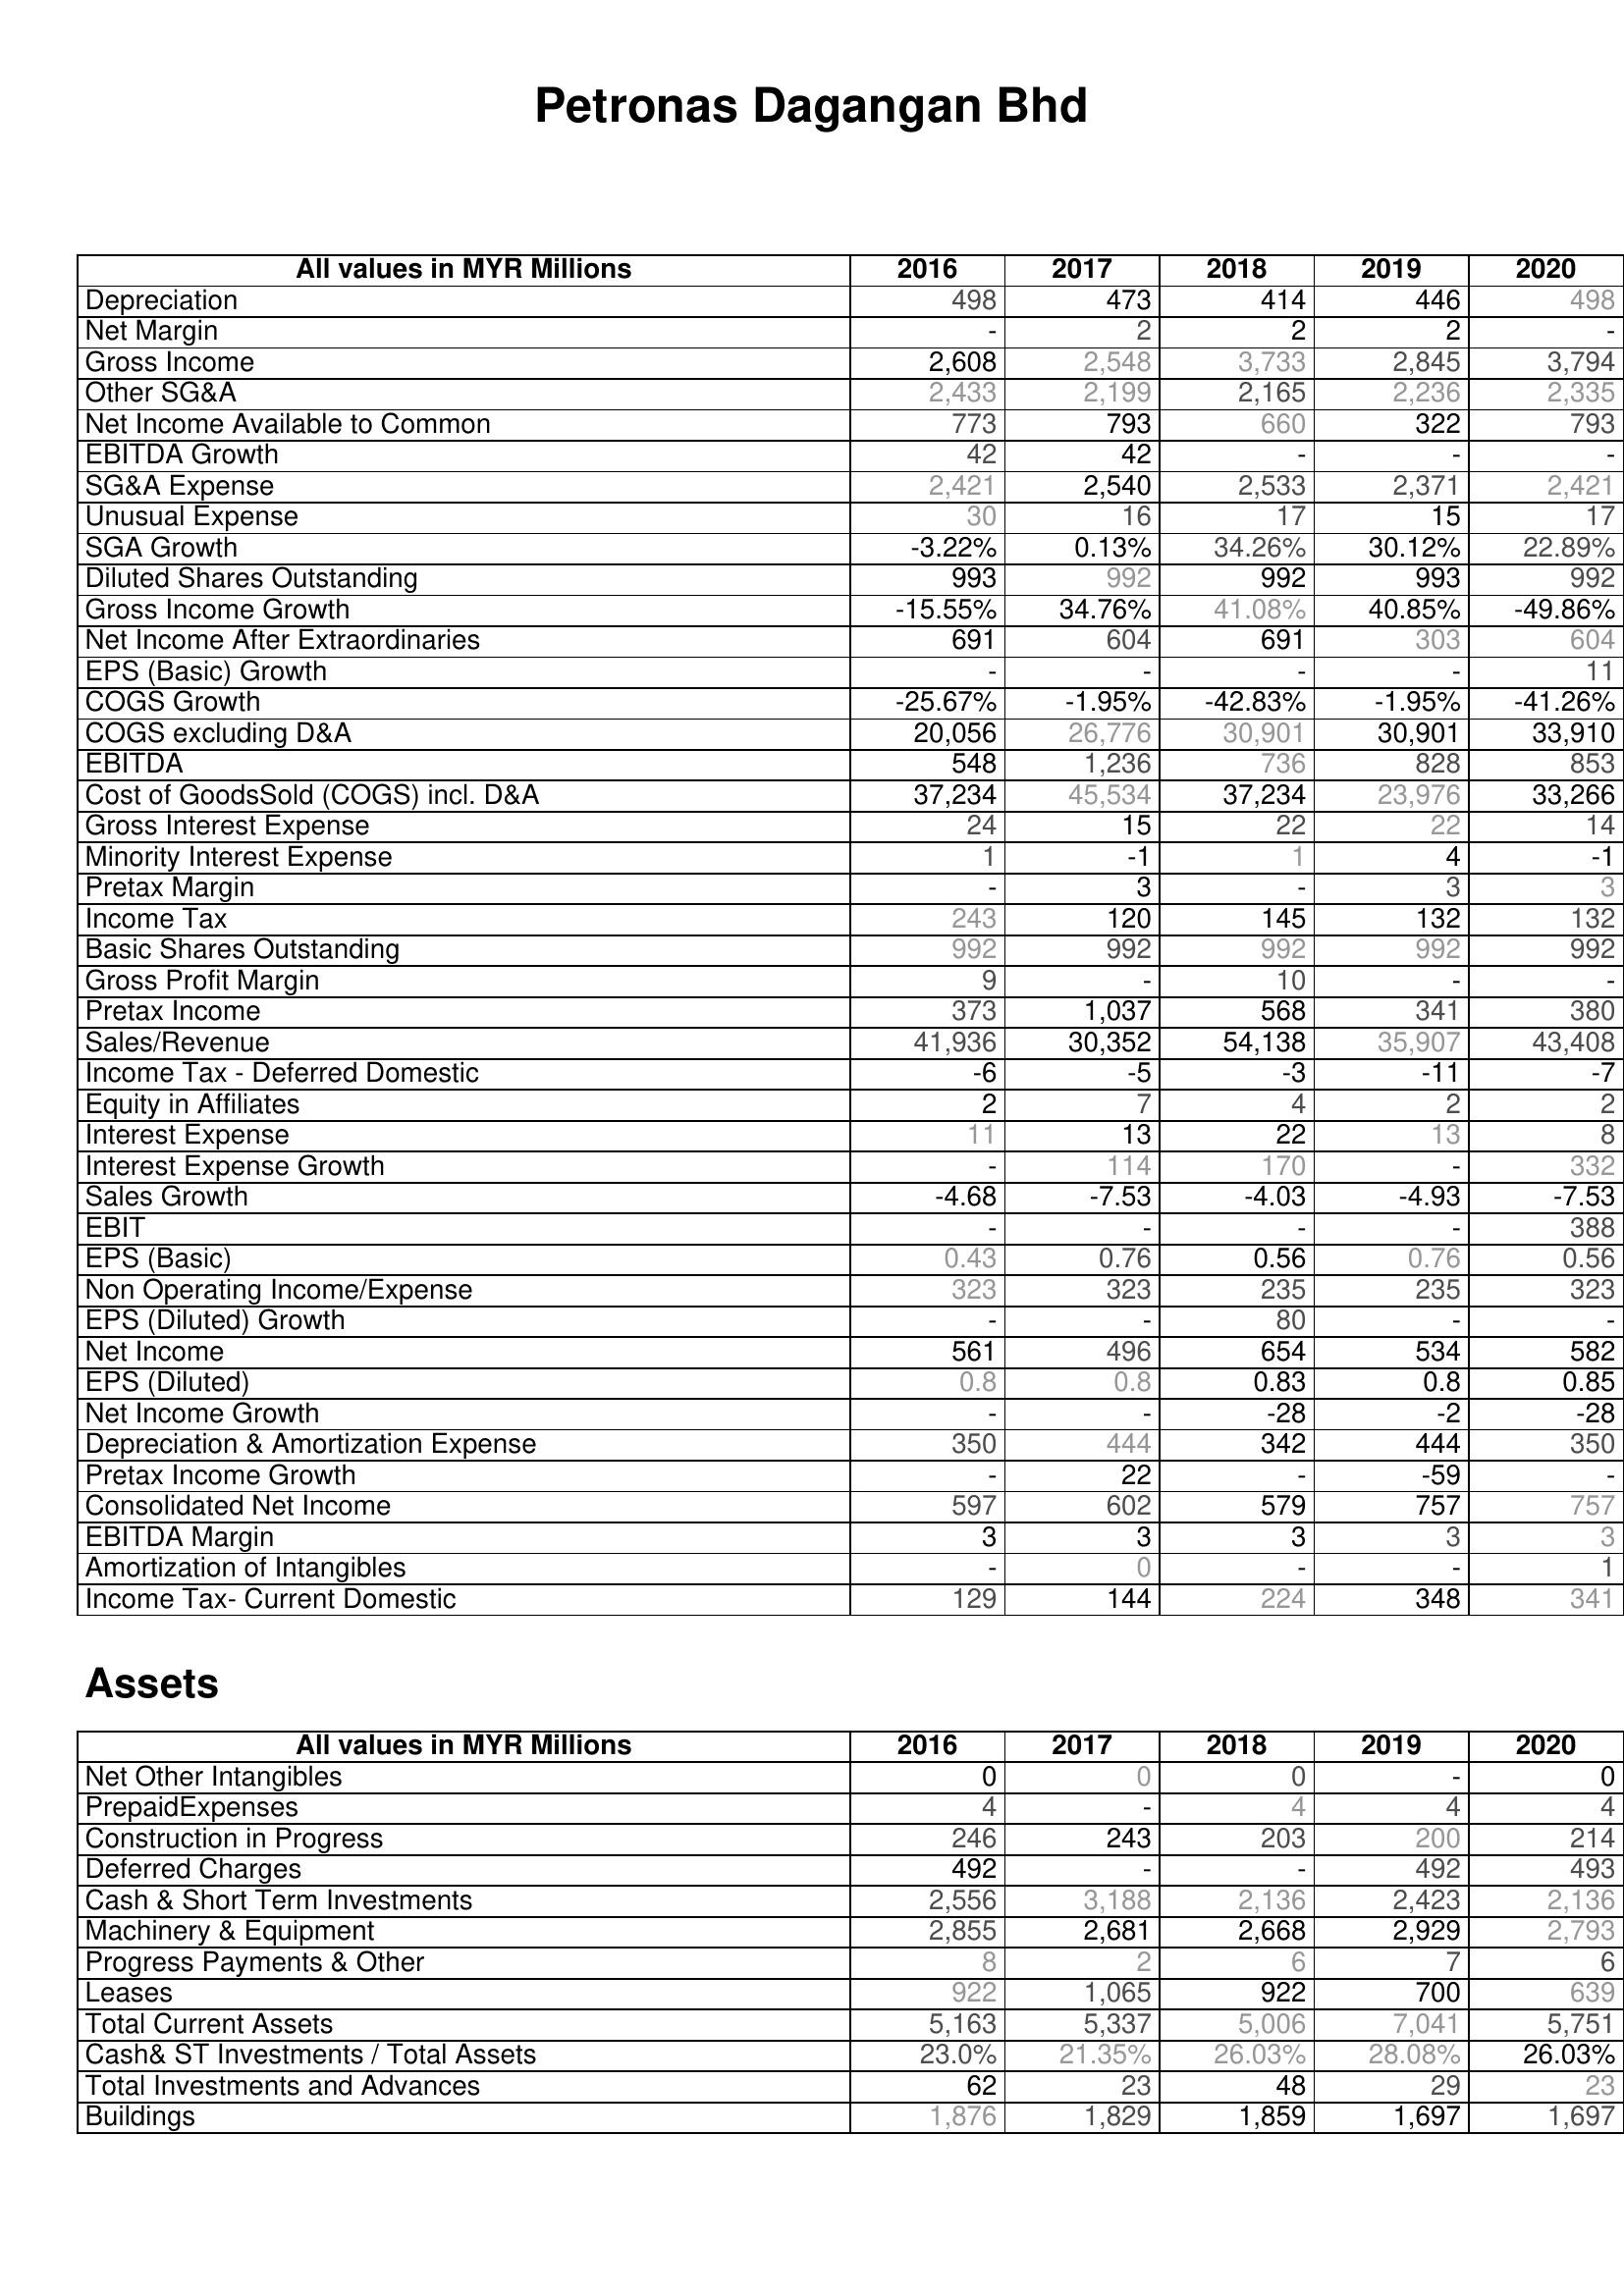
2016: : Depreciation: 498
Net Margin: -
Gross Income: 2,608
Other SG&A: 2,433
Net Income Available to Common: 773
EBITDA Growth: 42
SG&A Expense: 2,421
Unusual Expense: 30
SGA Growth: -3.22%
Diluted Shares Outstanding: 993
Gross Income Growth: -15.55%
Net Income After Extraordinaries: 691
EPS (Basic) Growth: -
COGS Growth: -25.67%
COGS excluding D&A: 20,056
EBITDA: 548
Cost of GoodsSold (COGS) incl. D&A: 37,234
Gross Interest Expense: 24
Minority Interest Expense: 1
Pretax Margin: -
Income Tax: 243
Basic Shares Outstanding: 992
Gross Profit Margin: 9
Pretax Income: 373
Sales/Revenue: 41,936
Income Tax - Deferred Domestic: -6
Equity in Affiliates: 2
Interest Expense: 11
Interest Expense Growth: -
Sales Growth: -4.68
EBIT: -
EPS (Basic): 0.43
Non Operating Income/Expense: 323
EPS (Diluted) Growth: -
Net Income: 561
EPS (Diluted): 0.8
Net Income Growth: -
Depreciation & Amortization Expense: 350
Pretax Income Growth: -
Consolidated Net Income: 597
EBITDA Margin: 3
Amortization of Intangibles: -
Income Tax- Current Domestic: 129
Assets: Net Other Intangibles: 0
PrepaidExpenses: 4
Construction in Progress: 246
Deferred Charges: 492
Cash & Short Term Investments: 2,556
Machinery & Equipment: 2,855
Progress Payments & Other: 8
Leases: 922
Total Current Assets: 5,163
Cash& ST Investments / Total Assets: 23.0%
Total Investments and Advances: 62
Buildings: 1,876
2017: : Depreciation: 473
Net Margin: 2
Gross Income: 2,548
Other SG&A: 2,199
Net Income Available to Common: 793
EBITDA Growth: 42
SG&A Expense: 2,540
Unusual Expense: 16
SGA Growth: 0.13%
Diluted Shares Outstanding: 992
Gross Income Growth: 34.76%
Net Income After Extraordinaries: 604
EPS (Basic) Growth: -
COGS Growth: -1.95%
COGS excluding D&A: 26,776
EBITDA: 1,236
Cost of GoodsSold (COGS) incl. D&A: 45,534
Gross Interest Expense: 15
Minority Interest Expense: -1
Pretax Margin: 3
Income Tax: 120
Basic Shares Outstanding: 992
Gross Profit Margin: -
Pretax Income: 1,037
Sales/Revenue: 30,352
Income Tax - Deferred Domestic: -5
Equity in Affiliates: 7
Interest Expense: 13
Interest Expense Growth: 114
Sales Growth: -7.53
EBIT: -
EPS (Basic): 0.76
Non Operating Income/Expense: 323
EPS (Diluted) Growth: -
Net Income: 496
EPS (Diluted): 0.8
Net Income Growth: -
Depreciation & Amortization Expense: 444
Pretax Income Growth: 22
Consolidated Net Income: 602
EBITDA Margin: 3
Amortization of Intangibles: 0
Income Tax- Current Domestic: 144
Assets: Net Other Intangibles: 0
PrepaidExpenses: -
Construction in Progress: 243
Deferred Charges: -
Cash & Short Term Investments: 3,188
Machinery & Equipment: 2,681
Progress Payments & Other: 2
Leases: 1,065
Total Current Assets: 5,337
Cash& ST Investments / Total Assets: 21.35%
Total Investments and Advances: 23
Buildings: 1,829
2018: : Depreciation: 414
Net Margin: 2
Gross Income: 3,733
Other SG&A: 2,165
Net Income Available to Common: 660
EBITDA Growth: -
SG&A Expense: 2,533
Unusual Expense: 17
SGA Growth: 34.26%
Diluted Shares Outstanding: 992
Gross Income Growth: 41.08%
Net Income After Extraordinaries: 691
EPS (Basic) Growth: -
COGS Growth: -42.83%
COGS excluding D&A: 30,901
EBITDA: 736
Cost of GoodsSold (COGS) incl. D&A: 37,234
Gross Interest Expense: 22
Minority Interest Expense: 1
Pretax Margin: -
Income Tax: 145
Basic Shares Outstanding: 992
Gross Profit Margin: 10
Pretax Income: 568
Sales/Revenue: 54,138
Income Tax - Deferred Domestic: -3
Equity in Affiliates: 4
Interest Expense: 22
Interest Expense Growth: 170
Sales Growth: -4.03
EBIT: -
EPS (Basic): 0.56
Non Operating Income/Expense: 235
EPS (Diluted) Growth: 80
Net Income: 654
EPS (Diluted): 0.83
Net Income Growth: -28
Depreciation & Amortization Expense: 342
Pretax Income Growth: -
Consolidated Net Income: 579
EBITDA Margin: 3
Amortization of Intangibles: -
Income Tax- Current Domestic: 224
Assets: Net Other Intangibles: 0
PrepaidExpenses: 4
Construction in Progress: 203
Deferred Charges: -
Cash & Short Term Investments: 2,136
Machinery & Equipment: 2,668
Progress Payments & Other: 6
Leases: 922
Total Current Assets: 5,006
Cash& ST Investments / Total Assets: 26.03%
Total Investments and Advances: 48
Buildings: 1,859
2019: : Depreciation: 446
Net Margin: 2
Gross Income: 2,845
Other SG&A: 2,236
Net Income Available to Common: 322
EBITDA Growth: -
SG&A Expense: 2,371
Unusual Expense: 15
SGA Growth: 30.12%
Diluted Shares Outstanding: 993
Gross Income Growth: 40.85%
Net Income After Extraordinaries: 303
EPS (Basic) Growth: -
COGS Growth: -1.95%
COGS excluding D&A: 30,901
EBITDA: 828
Cost of GoodsSold (COGS) incl. D&A: 23,976
Gross Interest Expense: 22
Minority Interest Expense: 4
Pretax Margin: 3
Income Tax: 132
Basic Shares Outstanding: 992
Gross Profit Margin: -
Pretax Income: 341
Sales/Revenue: 35,907
Income Tax - Deferred Domestic: -11
Equity in Affiliates: 2
Interest Expense: 13
Interest Expense Growth: -
Sales Growth: -4.93
EBIT: -
EPS (Basic): 0.76
Non Operating Income/Expense: 235
EPS (Diluted) Growth: -
Net Income: 534
EPS (Diluted): 0.8
Net Income Growth: -2
Depreciation & Amortization Expense: 444
Pretax Income Growth: -59
Consolidated Net Income: 757
EBITDA Margin: 3
Amortization of Intangibles: -
Income Tax- Current Domestic: 348
Assets: Net Other Intangibles: -
PrepaidExpenses: 4
Construction in Progress: 200
Deferred Charges: 492
Cash & Short Term Investments: 2,423
Machinery & Equipment: 2,929
Progress Payments & Other: 7
Leases: 700
Total Current Assets: 7,041
Cash& ST Investments / Total Assets: 28.08%
Total Investments and Advances: 29
Buildings: 1,697
2020: : Depreciation: 498
Net Margin: -
Gross Income: 3,794
Other SG&A: 2,335
Net Income Available to Common: 793
EBITDA Growth: -
SG&A Expense: 2,421
Unusual Expense: 17
SGA Growth: 22.89%
Diluted Shares Outstanding: 992
Gross Income Growth: -49.86%
Net Income After Extraordinaries: 604
EPS (Basic) Growth: 11
COGS Growth: -41.26%
COGS excluding D&A: 33,910
EBITDA: 853
Cost of GoodsSold (COGS) incl. D&A: 33,266
Gross Interest Expense: 14
Minority Interest Expense: -1
Pretax Margin: 3
Income Tax: 132
Basic Shares Outstanding: 992
Gross Profit Margin: -
Pretax Income: 380
Sales/Revenue: 43,408
Income Tax - Deferred Domestic: -7
Equity in Affiliates: 2
Interest Expense: 8
Interest Expense Growth: 332
Sales Growth: -7.53
EBIT: 388
EPS (Basic): 0.56
Non Operating Income/Expense: 323
EPS (Diluted) Growth: -
Net Income: 582
EPS (Diluted): 0.85
Net Income Growth: -28
Depreciation & Amortization Expense: 350
Pretax Income Growth: -
Consolidated Net Income: 757
EBITDA Margin: 3
Amortization of Intangibles: 1
Income Tax- Current Domestic: 341
Assets: Net Other Intangibles: 0
PrepaidExpenses: 4
Construction in Progress: 214
Deferred Charges: 493
Cash & Short Term Investments: 2,136
Machinery & Equipment: 2,793
Progress Payments & Other: 6
Leases: 639
Total Current Assets: 5,751
Cash& ST Investments / Total Assets: 26.03%
Total Investments and Advances: 23
Buildings: 1,697